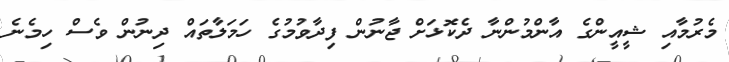
މެރުމާއި ޝީއީންގެ އާންމުންނާ ދެކޮޅަށް ޖާނުން ފިދާވުމުގެ ހަމަލާތައް ދިނުން ވެސް ހިމެނެ